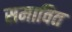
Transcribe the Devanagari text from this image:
समावित